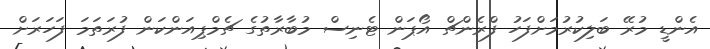
އެންޑީ މުރޭ ބަލިކުރުމަށްފަހު ފްރެންޗް އޯޕަން ޓެނިސް މުބާރާތުގެ ޗެމްޕިއަންކަން ފުރަތަމަ ފަހަރަށް